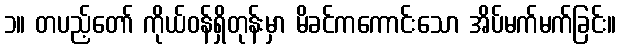
၁။ တပည့်တော် ကိုယ်ဝန်ရှိတုန်းမှာ မိခင်ကကောင်းသော အိပ်မက်မက်ခြင်း။